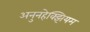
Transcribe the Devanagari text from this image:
अनुनहेक्झियम